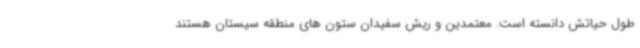
طول حیاتش دانسته است. معتمدین و ریش سفیدان ستون های منطقه سیستان هستند